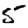
Digit: 5